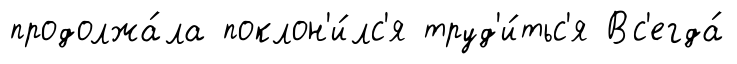
продолжа́ла поклон'и́лс'я труд'и́тьс'я Вс'егда́